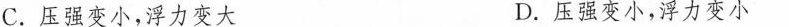
C.压强变小，浮力变大 D.压强变小，浮力变小